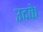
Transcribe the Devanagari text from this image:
उदके